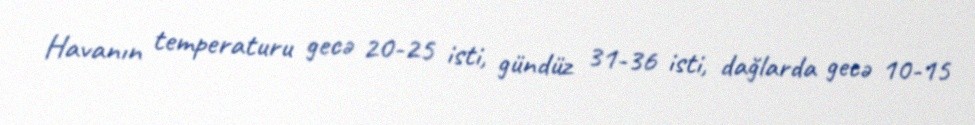
Havanın temperaturu gecə 20-25 isti, gündüz 31-36 isti, dağlarda gecə 10-15